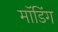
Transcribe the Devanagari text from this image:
मॉडिंग